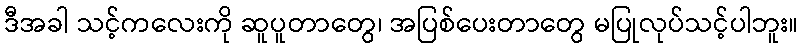
ဒီအခါ သင့်ကလေးကို ဆူပူတာတွေ၊ အပြစ်ပေးတာတွေ မပြုလုပ်သင့်ပါဘူး။